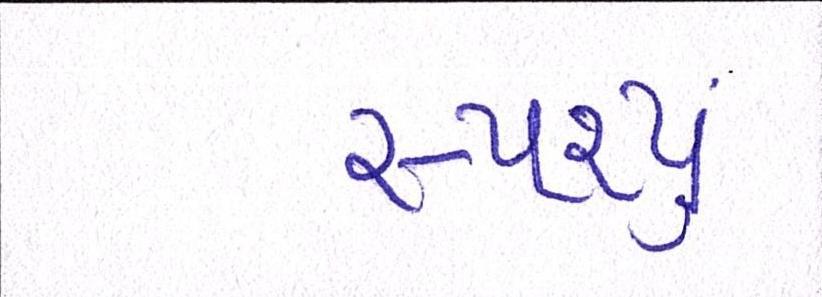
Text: સ્પર્શ્યું